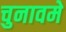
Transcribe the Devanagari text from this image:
चुनावमे